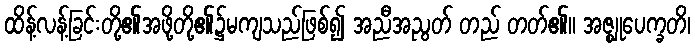
ထိန့်လန့်ခြင်းတို့၏အဖို့တို့၏၌မကျသည်ဖြစ်၍ အညီအညွတ် တည် တတ်၏။ အဇ္ဈုပေက္ခတိ၊